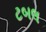
ટબલ